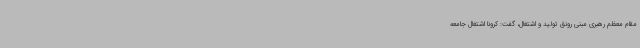
مقام معظم رهبری مبنی رونق تولید و اشتغال، گفت: کرونا اشتغال جامعه